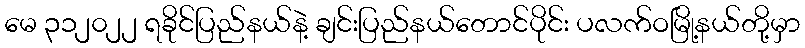
မေ ၃၁၂၀၂၂ ရခိုင်ပြည်နယ်နဲ့ ချင်းပြည်နယ်တောင်ပိုင်း ပလက်ဝမြို့နယ်တို့မှာ